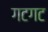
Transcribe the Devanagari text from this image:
गटगट